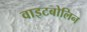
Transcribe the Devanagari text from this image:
वाइटबोलिन